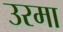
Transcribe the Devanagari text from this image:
उरमा